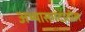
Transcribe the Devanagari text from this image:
अभ्यासगटातील